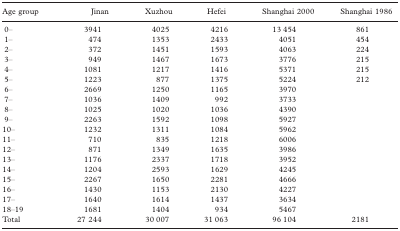
<table><thead><tr><td><b>Age group</b></td><td><b>Jinan</b></td><td><b>Xuzhou</b></td><td><b>Hefei</b></td><td><b>Shanghai 2000</b></td><td><b>Shanghai 1986</b></td></tr></thead><tbody><tr><td>0–</td><td>3941</td><td>4025</td><td>4216</td><td>13 454</td><td>861</td></tr><tr><td>1–</td><td>474</td><td>1353</td><td>2433</td><td>4051</td><td>454</td></tr><tr><td>2–</td><td>372</td><td>1451</td><td>1593</td><td>4063</td><td>224</td></tr><tr><td>3–</td><td>949</td><td>1467</td><td>1673</td><td>3776</td><td>215</td></tr><tr><td>4–</td><td>1081</td><td>1217</td><td>1416</td><td>5371</td><td>215</td></tr><tr><td>5–</td><td>1223</td><td>877</td><td>1375</td><td>5224</td><td>212</td></tr><tr><td>6–</td><td>2669</td><td>1250</td><td>1165</td><td>3970</td><td></td></tr><tr><td>7–</td><td>1036</td><td>1409</td><td>992</td><td>3733</td><td></td></tr><tr><td>8–</td><td>1025</td><td>1020</td><td>1036</td><td>4390</td><td></td></tr><tr><td>9–</td><td>2263</td><td>1592</td><td>1098</td><td>5927</td><td></td></tr><tr><td>10–</td><td>1232</td><td>1311</td><td>1084</td><td>5962</td><td></td></tr><tr><td>11–</td><td>710</td><td>835</td><td>1218</td><td>6006</td><td></td></tr><tr><td>12–</td><td>871</td><td>1349</td><td>1635</td><td>3986</td><td></td></tr><tr><td>13–</td><td>1176</td><td>2337</td><td>1718</td><td>3952</td><td></td></tr><tr><td>14–</td><td>1204</td><td>2593</td><td>1629</td><td>4245</td><td></td></tr><tr><td>15–</td><td>2267</td><td>1650</td><td>2281</td><td>4666</td><td></td></tr><tr><td>16–</td><td>1430</td><td>1153</td><td>2130</td><td>4227</td><td></td></tr><tr><td>17–</td><td>1640</td><td>1614</td><td>1437</td><td>3634</td><td></td></tr><tr><td>18–19</td><td>1681</td><td>1404</td><td>934</td><td>5467</td><td></td></tr><tr><td>Total</td><td>27 244</td><td>30 007</td><td>31 063</td><td>96 104</td><td>2181</td></tr></tbody></table>